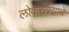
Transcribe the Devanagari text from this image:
लोकराज्याचे